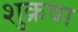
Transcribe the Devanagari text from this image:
शुक्रवा